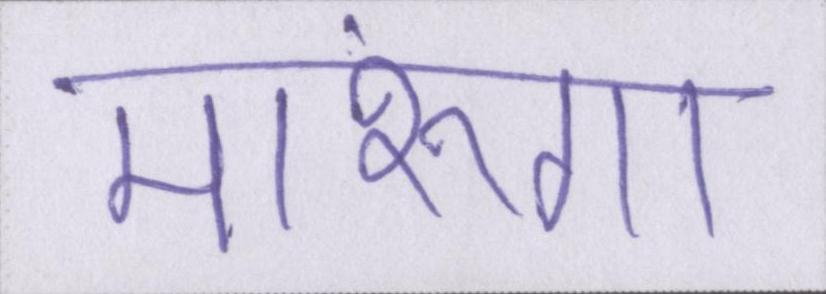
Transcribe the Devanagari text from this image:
मारूंगा